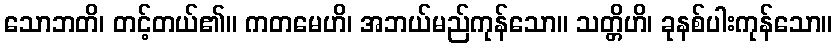
သောဘတိ၊ တင့်တယ်၏။ ကတမေဟိ၊ အဘယ်မည်ကုန်သော။ သတ္တိဟိ၊ ခုနစ်ပါးကုန်သော။